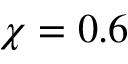
\chi = 0 . 6